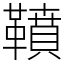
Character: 䩿